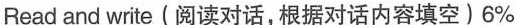
Read and write(阅读对话,根据对话内容填空)6\%